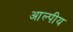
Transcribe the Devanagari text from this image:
आल्पीय